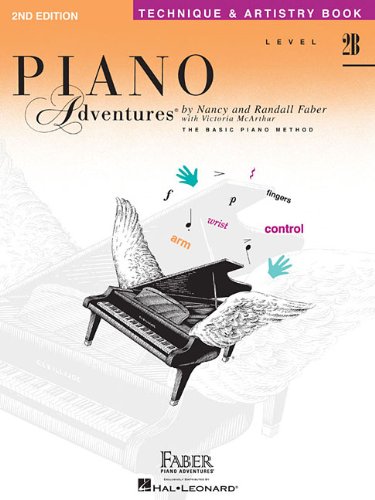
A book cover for Level 2B - Technique & Artistry Book: Piano Adventures; Humor & Entertainment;